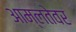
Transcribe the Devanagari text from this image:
आम्लतेवर